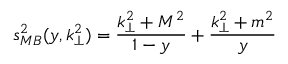
s _ { M B } ^ { 2 } ( y , k _ { \perp } ^ { 2 } ) = \frac { k _ { \perp } ^ { 2 } + M ^ { 2 } } { 1 - y } + \frac { k _ { \perp } ^ { 2 } + m ^ { 2 } } { y }